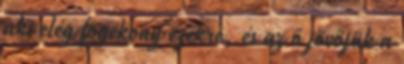
aki elég fogékony ezekre, és az ő jövőjük a